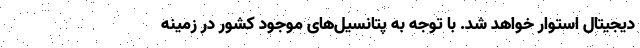
دیجیتال استوار خواهد شد. با توجه به پتانسیل‌های موجود کشور در زمینه